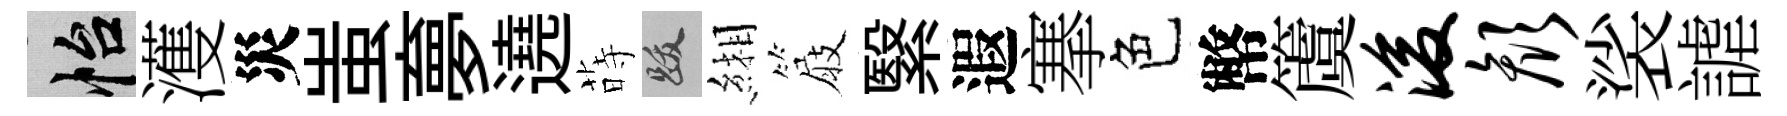
怡濩災蚩夣遶蒔跋緗屐繄遐搴色幣𥵂浚颜裟謔